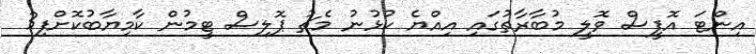
އިންޓަ އޮފީސް ވޮލީ މުބާރާތުގައި އިއްޔެ ކުޅުނު މެޗު ޕޮލިސް ޓީމުން ކާމިޔާބުކޮށްފި3